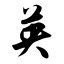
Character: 英